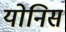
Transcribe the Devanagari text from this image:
योनिस